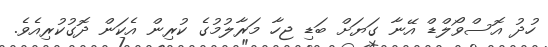
ހުދު އޮސްވޯލްޑް އޭނާ ގަޔަށް ބަޑި ޖހާ މަރާލުމުގެ ކުރިން އެކަން ދޮގުކުރިއެވެ.